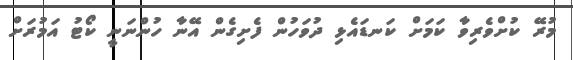
މުރޭ ކުށްވެރިވާ ކަމަށް ކަނޑައެޅި ދުވަހުން ފެށިގެން އޭނާ ހުންނަނީ ކޯޓު އަމުރަށް